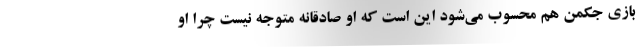
بازی جکمن هم محسوب می‌شود این است که او صادقانه متوجه نیست چرا او